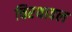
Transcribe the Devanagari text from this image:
चिरथावल